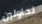
تحاولين